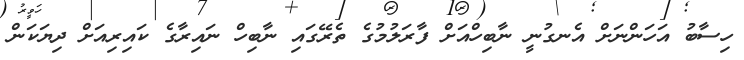
ހިސާބު އަހަންނަށް އެނގުނީ ނާބިހްއަށް ފާރަލުމުގެ ތެރޭގައި ނާބިހް ނައިރާގެ ކައިރިއަށް ދިޔަކަން